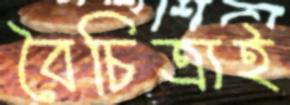
বৈচিত্র্যই